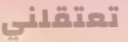
تعتقلني